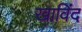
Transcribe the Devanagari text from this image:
खाविंद